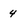
Character: 4